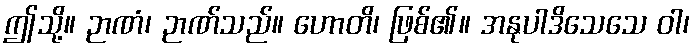
ဤသို့။ ဉာဏံ၊ ဉာဏ်သည်။ ဟောတိ၊ ဖြစ်၏။ အနုပါဒိသေသေ ဝါ၊